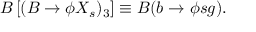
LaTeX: { \cal B } \left[ ( B \to \phi X _ { s } ) _ { 3 } \right] \equiv { \cal B } ( b \to \phi s g ) .